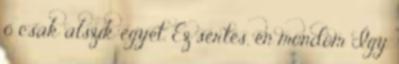
ő csak alszik egyet. Ez sértés, én mondom Így